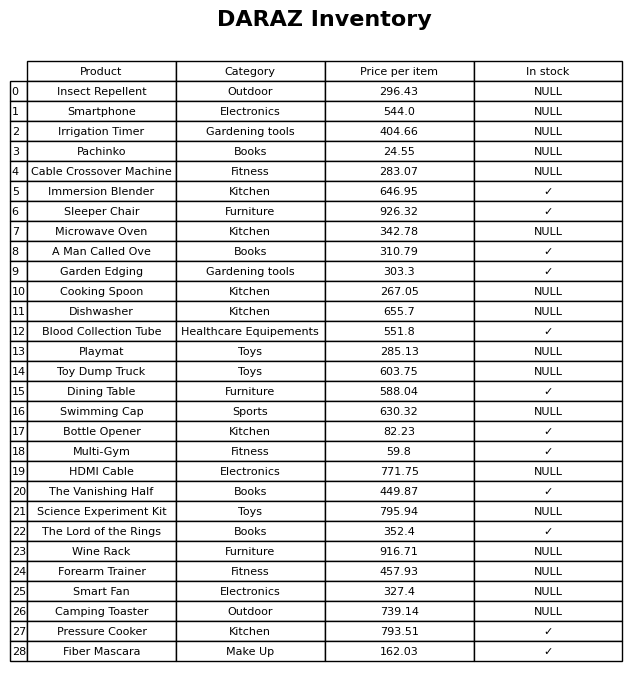
question: What is the price for Insect Repellent?
answer: The price of Insect Repellent is 296.43.